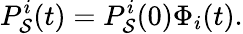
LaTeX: P_{\mathcal{S}}^{i}(t)=P_{\mathcal{S}}^{i}(0)\Phi_{i}(t).